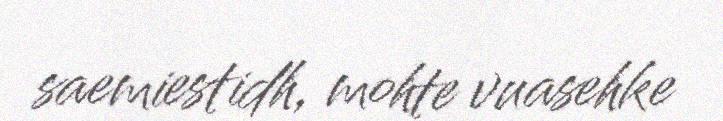
saemiestidh, mohte vuasehke